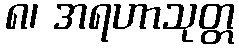
၈၊ အရဟာသုတ္တ